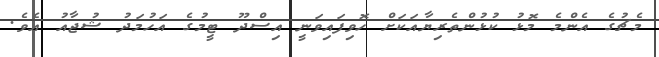
މެޗުގެ އެންމެ މޮޅު ކުޅުންތެރިޔާއަކަށް ހޮވިފައިވަނީ އިސްދޫ ޓީމުގެ އަހުމަދު ޝުޖާއު އެވެ.